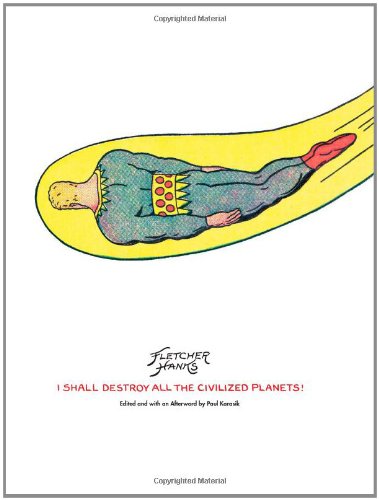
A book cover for I Shall Destroy All The Civilized Planets!; Fletcher Hanks; Comics & Graphic Novels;